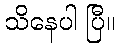
သိနေပါ ပြီ။